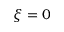
\xi = 0